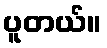
ပူတယ်။